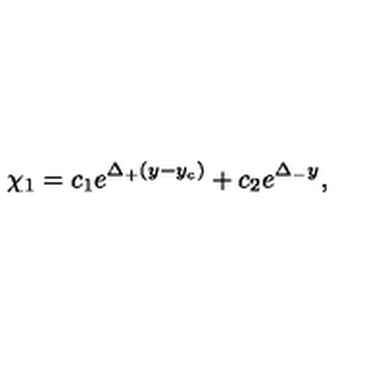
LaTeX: \chi _ { 1 } = c _ { 1 } e ^ { \Delta _ { + } ( y - y _ { c } ) } + c _ { 2 } e ^ { \Delta _ { - } y } ,